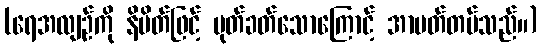
(ရေအလျဉ်ကို နိမိတ်ဖြင့် ပုတ်ခတ်သောကြောင့် အာပတ်တပ်သည်။)